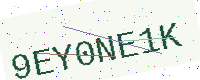
Text: 9EY0NE1K